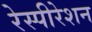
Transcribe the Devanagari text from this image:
रेस्पीरेशन